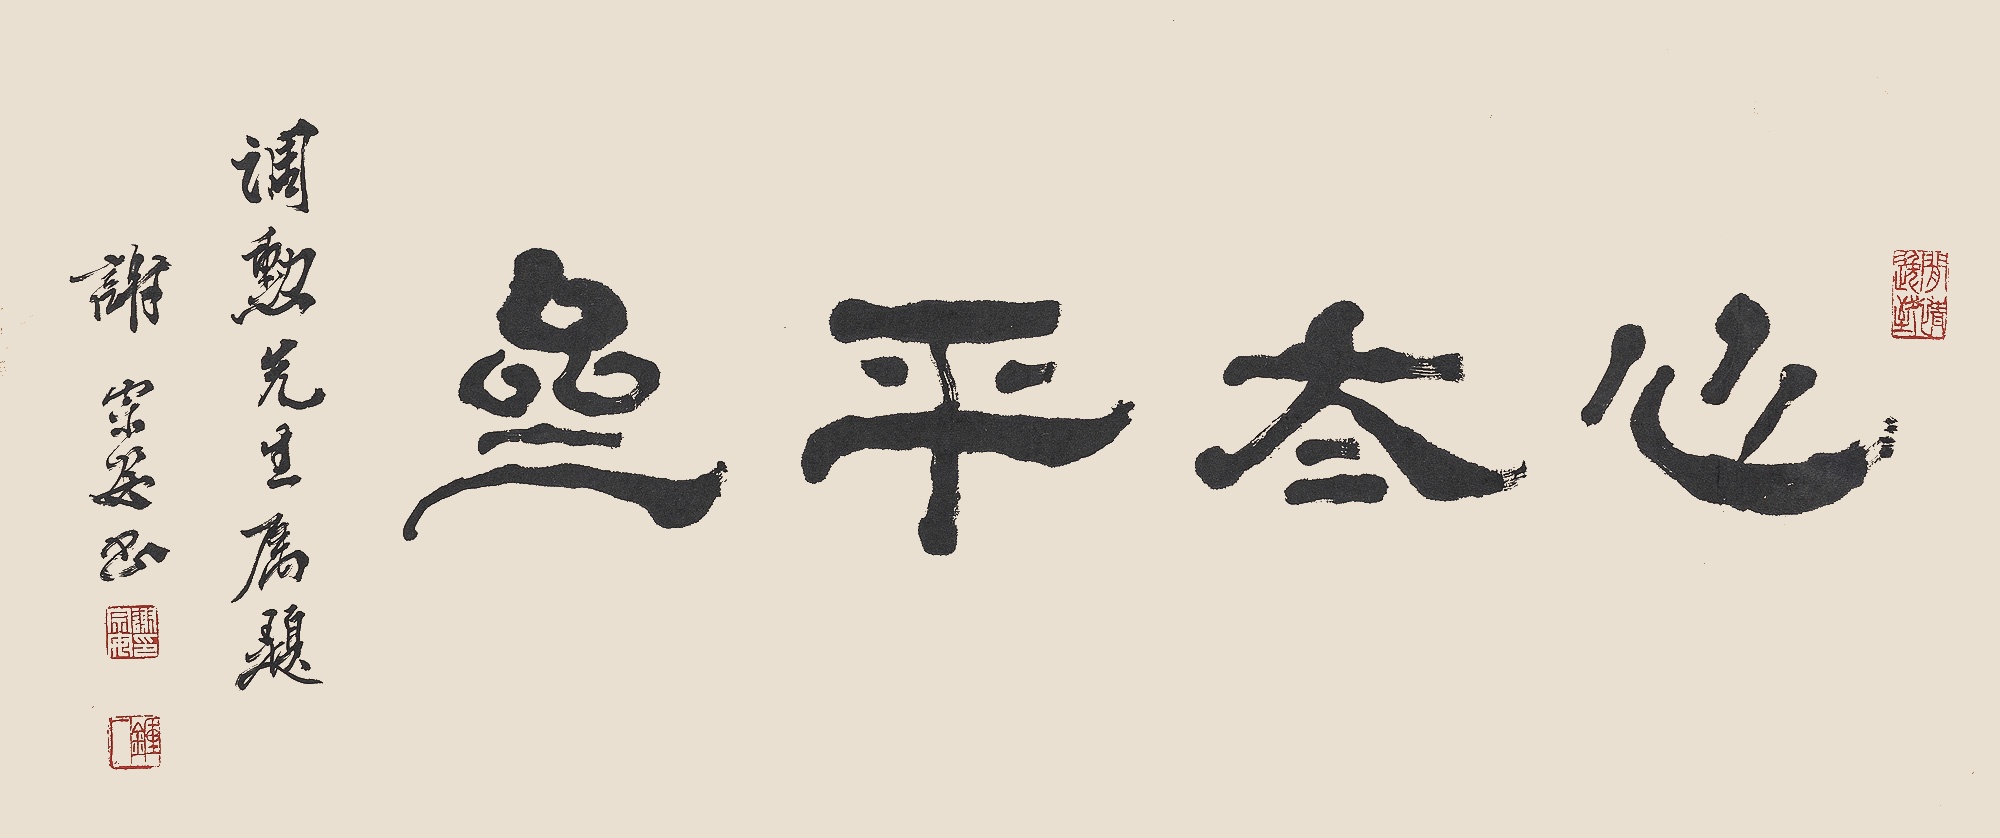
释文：心太平斋调勋先生属题。谢宗安书。